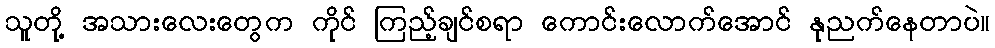
သူတို့ အသားလေးတွေက ကိုင် ကြည့်ချင်စရာ ကောင်းလောက်အောင် နုညက်နေတာပဲ။